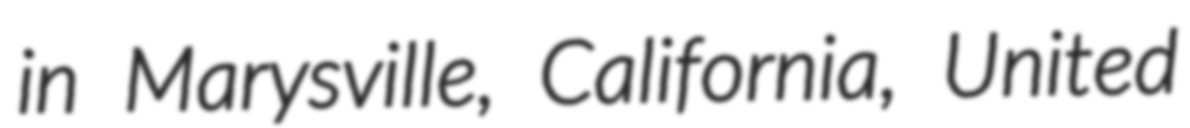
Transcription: in Marysville, California, United